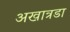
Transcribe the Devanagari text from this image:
अखात्रडा